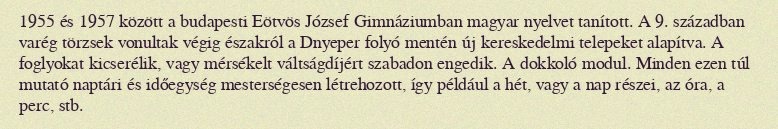
1955 és 1957 között a budapesti Eötvös József Gimnáziumban magyar nyelvet tanított. A 9. században varég törzsek vonultak végig északról a Dnyeper folyó mentén új kereskedelmi telepeket alapítva. A foglyokat kicserélik, vagy mérsékelt váltságdíjért szabadon engedik. A dokkoló modul. Minden ezen túl mutató naptári és időegység mesterségesen létrehozott, így például a hét, vagy a nap részei, az óra, a perc, stb.